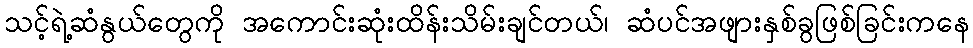
သင့်ရဲ့ဆံနွယ်တွေကို အကောင်းဆုံးထိန်းသိမ်းချင်တယ်၊ ဆံပင်အဖျားနှစ်ခွဖြစ်ခြင်းကနေ